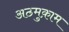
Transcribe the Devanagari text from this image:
अठमुक़ाम